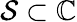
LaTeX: \mathcal{S}\subset\mathbb{{C}}